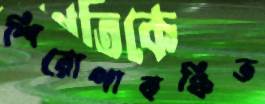
শিরোপাবঞ্চিত